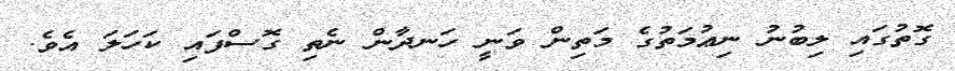
ގޮތުގައި ލިބުނު ނިޢުމަތުގެ މަތިން ވަނީ ހަނދާން ނެތި ގޮސްފައި ކަހަލަ އެވެ.